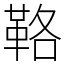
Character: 𩊚